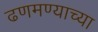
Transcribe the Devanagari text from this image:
ढणमण्याच्या